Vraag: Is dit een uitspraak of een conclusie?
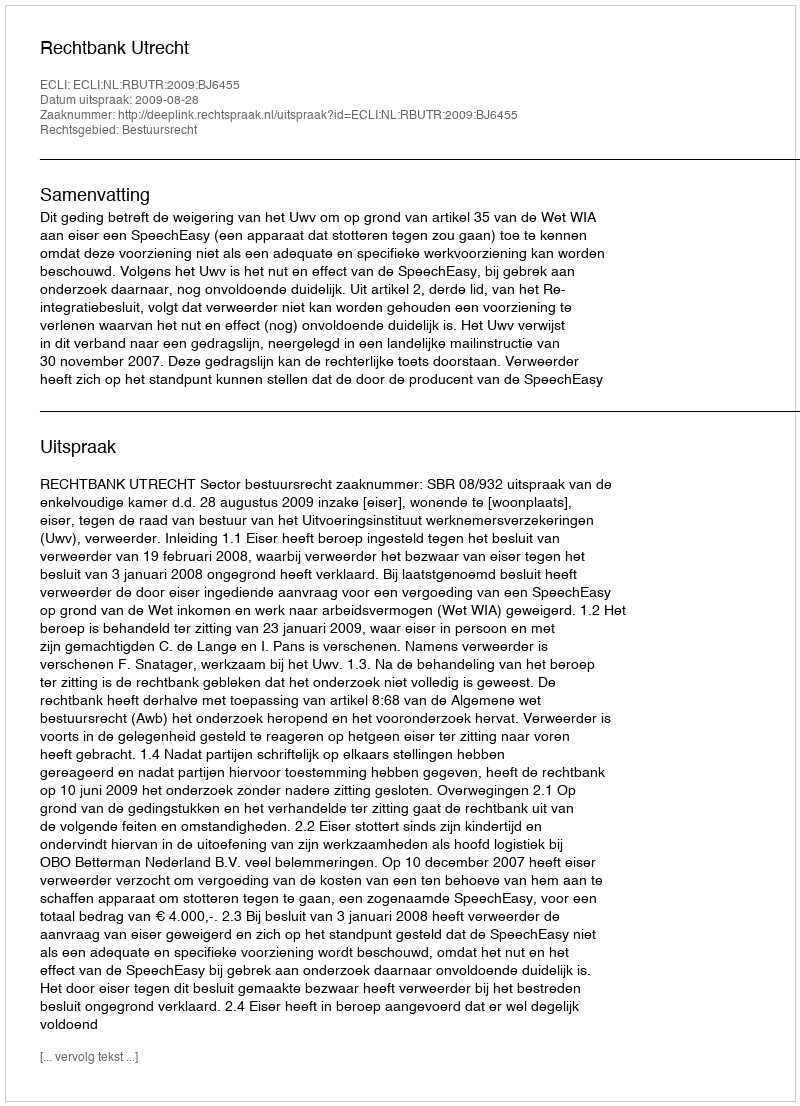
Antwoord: Uitspraak